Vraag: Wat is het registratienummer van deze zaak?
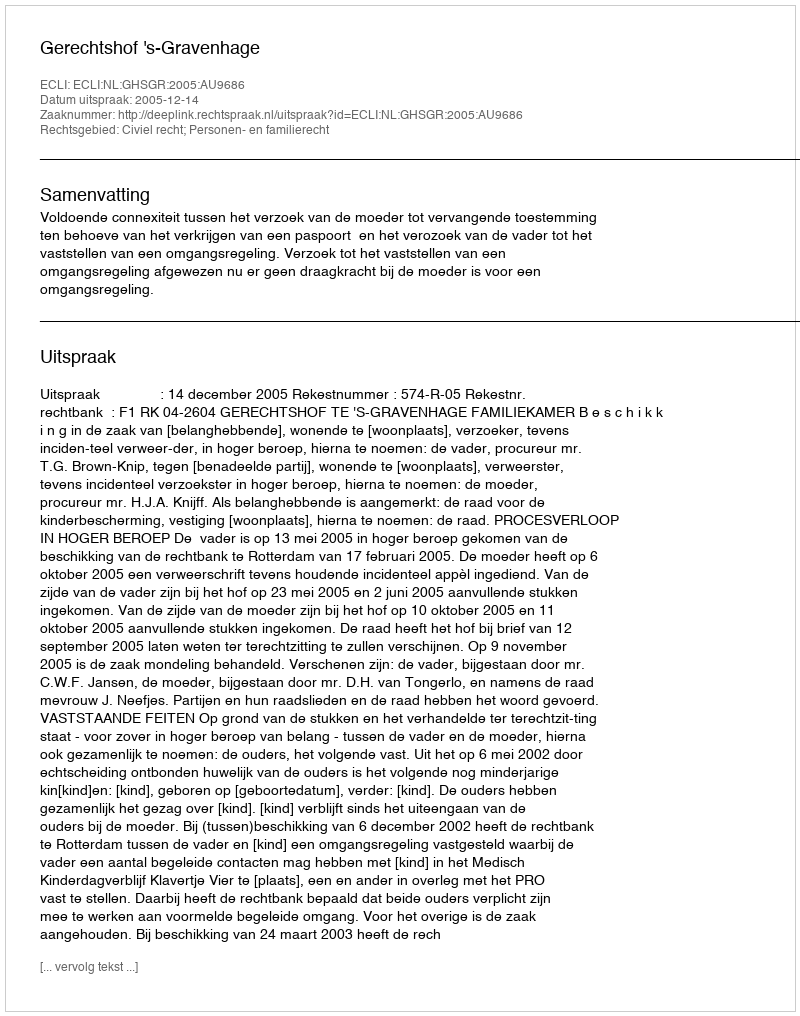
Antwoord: http://deeplink.rechtspraak.nl/uitspraak?id=ECLI:NL:GHSGR:2005:AU9686